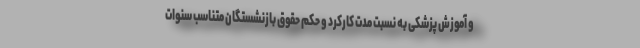
و آموزش پزشکی به نسبت مدت کارکرد و حکم حقوق بازنشستگان متناسب سنوات